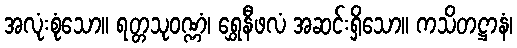
အလုံးစုံသော။ ရတ္တသုဝဏ္ဏံ၊ ရွှေနီဖလံ အဆင်းရှိသော။ ကသိတဋ္ဌာနံ၊